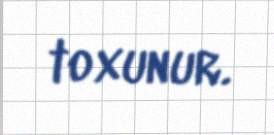
toxunur.